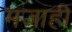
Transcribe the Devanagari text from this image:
मजाही